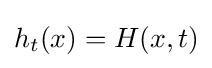
h_{t}(x)=H(x,t)